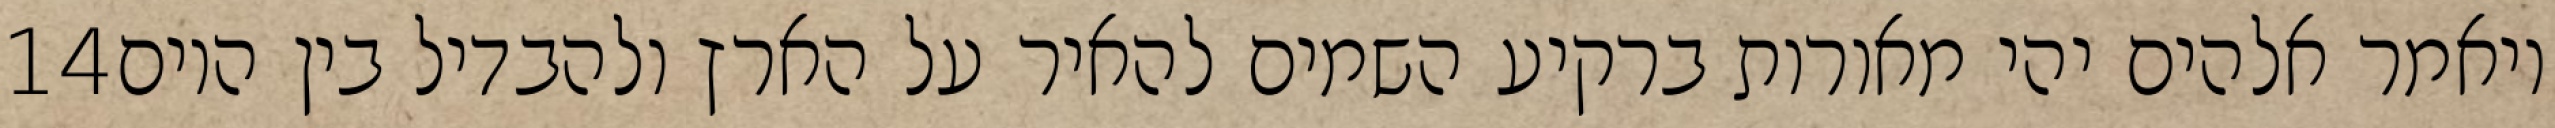
‎14‏ ויאמר אלהים יהי מאורות ברקיע השמים להאיר על הארץ ולהבדיל בין היום